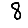
Digit: 8